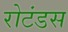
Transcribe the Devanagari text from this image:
रोटंडस